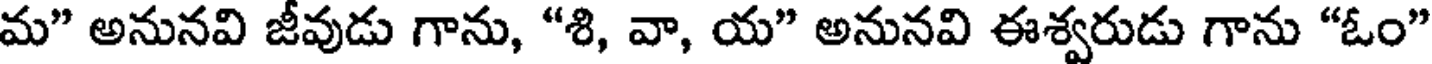
మ" అనునవి జీవుడు గాను, "శి, వా, య" అనునవి ఈశ్వరుడు గాను "ఓం"